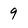
Character: 9